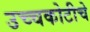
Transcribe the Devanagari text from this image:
उच्चकोटीचे